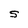
Character: S